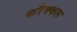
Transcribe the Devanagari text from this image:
करैक्कल